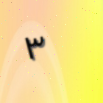
٣